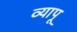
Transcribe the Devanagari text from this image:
व्यापू